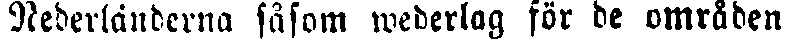
Nederländerna såsom wederlag för de omräden i